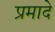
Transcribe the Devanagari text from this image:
प्रमादे